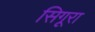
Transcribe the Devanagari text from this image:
सिगूरा